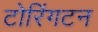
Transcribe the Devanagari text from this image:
टोरिंगटन